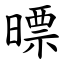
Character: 㬓